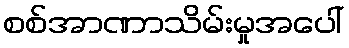
စစ်အာဏာသိမ်းမှုအပေါ်